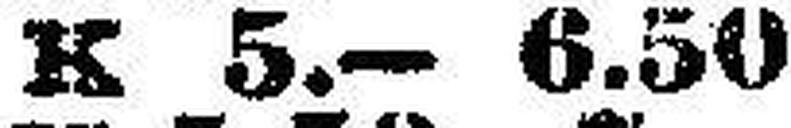
K 5.— 6.50